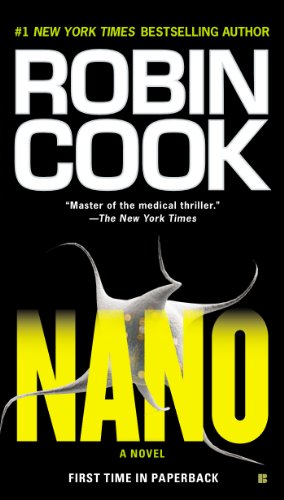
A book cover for Nano; Robin Cook; Literature & Fiction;